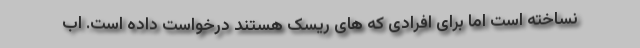
نساخته است اما برای افرادی که های ریسک هستند درخواست داده است. اب